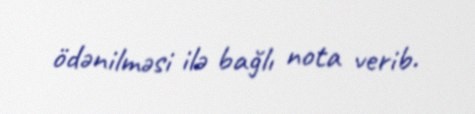
ödənilməsi ilə bağlı nota verib.